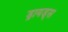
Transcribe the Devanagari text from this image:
ड्रायड्स